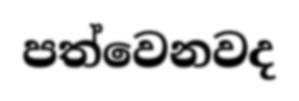
පත්වෙනවද